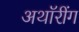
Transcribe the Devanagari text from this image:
अथॉरींग